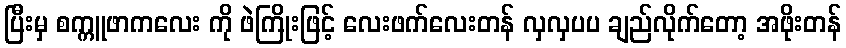
ပြီးမှ စက္ကူဖာကလေး ကို ဖဲကြိုးဖြင့် လေးဖက်လေးတန် လှလှပပ ချည်လိုက်တော့ အဖိုးတန်